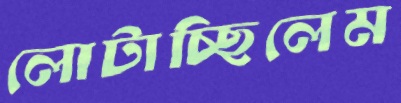
লোটাচ্ছিলেম